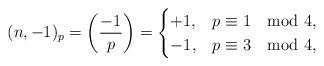
LaTeX: \begin{align*}(n,-1)_{p}=\left(\frac{-1}{p}\right)=\begin{cases}+1, & p\equiv1\mod4,\\-1, & p\equiv3\mod4,\end{cases}\end{align*}